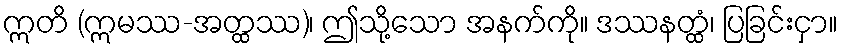
ဣတိ (ဣမဿ-အတ္ထဿ)၊ ဤသို့သော အနက်ကို။ ဒဿနတ္ထံ၊ ပြခြင်းငှာ။